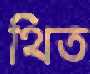
থিত